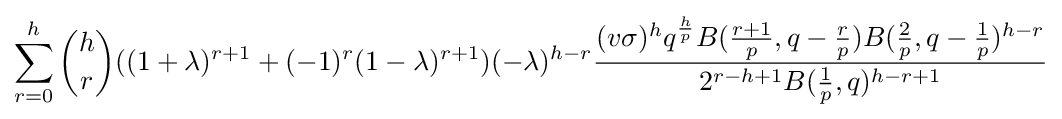
\sum _{r=0}^{h}{\binom {h}{r}}((1+\lambda )^{r+1}+(-1)^{r}(1-\lambda )^{r+1})(-\lambda )^{h-r}{\frac {(v\sigma )^{h}q^{\frac {h}{p}}B({\frac {r+1}{p}},q-{\frac {r}{p}})B({\frac {2}{p}},q-{\frac {1}{p}})^{h-r}}{2^{r-h+1}B({\frac {1}{p}},q)^{h-r+1}}}